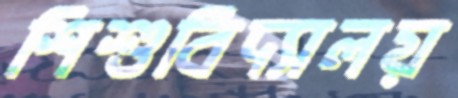
শিশুবিদ্যালয়